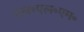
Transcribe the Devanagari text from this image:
एल॰एल॰एम॰